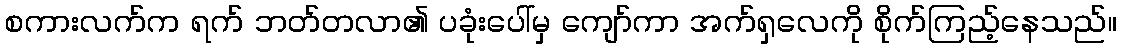
စကားလက်က ရက် ဘတ်တလာ၏ ပခုံးပေါ်မှ ကျော်ကာ အက်ရှလေကို စိုက်ကြည့်နေသည်။